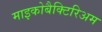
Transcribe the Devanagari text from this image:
माइकोबैक्टिरिअम